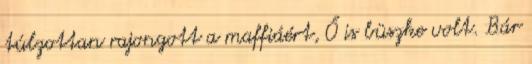
túlzottan rajongott a maffiáért, Ő is büszke volt. Bár